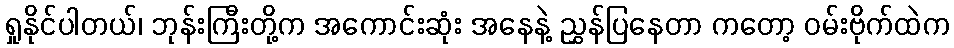
ရှုနိုင်ပါတယ်၊ ဘုန်းကြီးတို့က အကောင်းဆုံး အနေနဲ့ ညွှန်ပြနေတာ ကတော့ ဝမ်းဗိုက်ထဲက